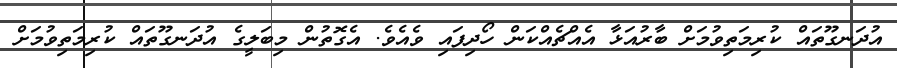
އުދަނގޫތައް ކުރިމަތިވުމަށް ބާރުއަޅާ އެއްޗެއްކަން ހޯދިފައި ވެއެވެ. އެގޮތުން މިބަލީގެ އުދަނގޫތައް ކުރިމަތިވުމަށް